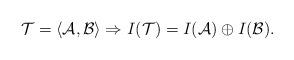
LaTeX: \begin{align*} \mathcal{T}=\langle \mathcal{A}, \mathcal{B} \rangle \Rightarrow I(\mathcal{T}) = I(\mathcal{A}) \oplus I(\mathcal{B}).\end{align*}